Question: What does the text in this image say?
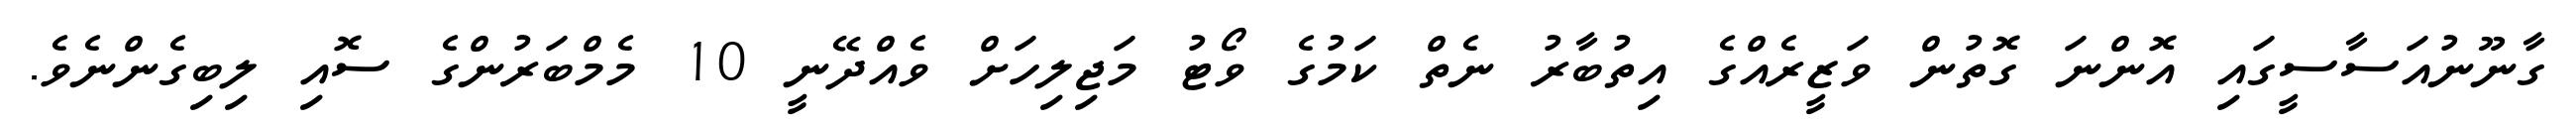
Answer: ގާނޫނުއަސާސީގައި އޮންނަ ގޮތުން ވަޒީރެއްގެ އިތުބާރު ނެތް ކަމުގެ ވޯޓު މަޖިލިހަށް ވެއްދޭނީ 10 މެމްބަރުންގެ ސޮއި ލިބިގެންނެވެ.